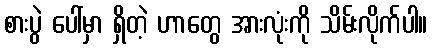
စားပွဲ ပေါ်မှာ ရှိတဲ့ ဟာတွေ အားလုံးကို သိမ်းလိုက်ပါ။